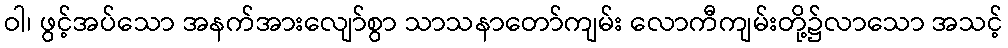
ဝါ၊ ဖွင့်အပ်သော အနက်အားလျော်စွာ သာသနာတော်ကျမ်း လောကီကျမ်းတို့၌လာသော အသင့်